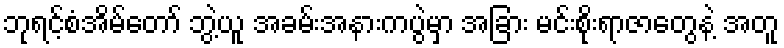
ဘုရင့်စံအိမ်တော် ဘွဲ့ယူ အခမ်းအနားကပွဲမှာ အခြား မင်းစိုးရာဇာတွေနဲ့ အတူ